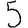
Digit: 5